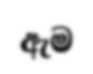
ඇම